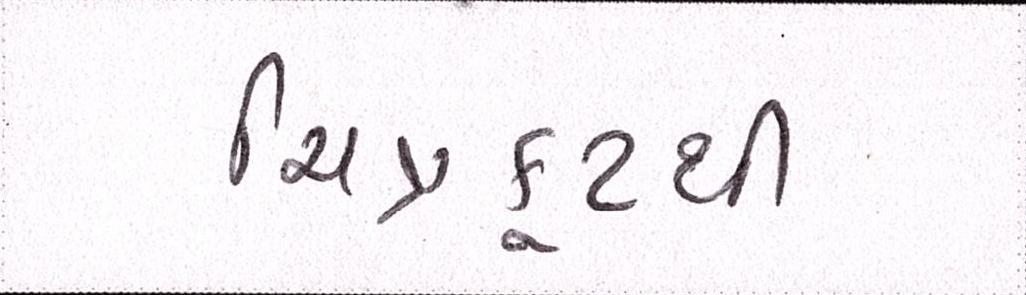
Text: ચિત્રકૂટથી